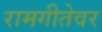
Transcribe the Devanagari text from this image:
रामगीतेवर